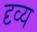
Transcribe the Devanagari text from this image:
दृव्य